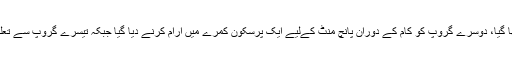
رضاکاروں کو تین گروپوں میں تقسیم کیا گیا جن میں سے پہلے گروپ کو مسلسل کام میں مصروف رکھا گیا، دوسرے گروپ کو کام کے دوران پانچ منٹ کےلیے ایک پرسکون کمرے میں آرام کرنے دیا گیا جبکہ تیسرے گروپ سے تعلق رکھنے والے رضاکاروں کو پانچ منٹ کے اسی وقفے میں ایک ویڈیو گیم کھیلنے کےلیے دے دیا گیا۔